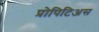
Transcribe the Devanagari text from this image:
प्रोपिटिअस